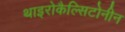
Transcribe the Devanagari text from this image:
थाइरोकैल्सिटोनीन